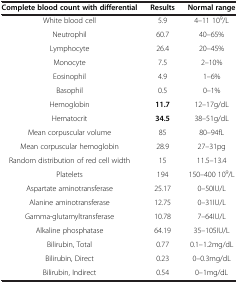
| Complete blood count with differential | Results | Normal range |
 | --- | --- | --- |
 | White blood cell | 5.9 | 4–11 109/L |
 | Neutrophil | 60.7 | 40–65% |
 | Lymphocyte | 26.4 | 20–45% |
 | Monocyte | 7.5 | 2–10% |
 | Eosinophil | 4.9 | 1–6% |
 | Basophil | 0.5 | 0–1% |
 | Hemoglobin | 11.7 | 12–17g/dL |
 | Hematocrit | 34.5 | 38–51g/dL |
 | Mean corpuscular volume | 85 | 80–94fL |
 | Mean corpuscular hemoglobin | 28.9 | 27–31pg |
 | Random distribution of red cell width | 15 | 11.5–13.4 |
 | Platelets | 194 | 150–400 109/L |
 | Aspartate aminotransferase | 25.17 | 0–50IU/L |
 | Alanine aminotransferase | 12.75 | 0–31IU/L |
 | Gamma-glutamyltransferase | 10.78 | 7–64IU/L |
 | Alkaline phosphatase | 64.19 | 35–105IU/L |
 | Bilirubin, Total | 0.77 | 0.1–1.2mg/dL |
 | Bilirubin, Direct | 0.23 | 0–0.3mg/dL |
 | Bilirubin, Indirect | 0.54 | 0–1mg/dL |